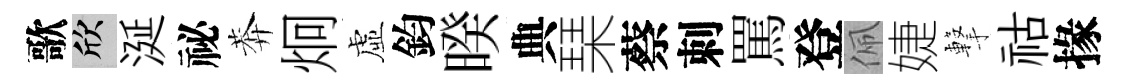
歌欣涎祕莾炯虛鈞暌典琹蔡刺罵登佩婕撃祜掾